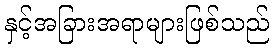
နှင့်အခြားအရာများဖြစ်သည်